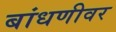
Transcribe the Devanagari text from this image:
बांधणीवर